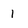
Character: 1